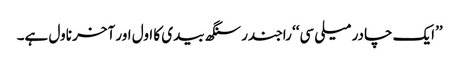
’’ایک چادر میلی سی‘‘ راجندر سنگھ بیدی کا اول اور آخر ناول ہے۔